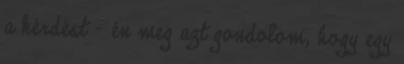
a kérdést - én meg azt gondolom, hogy egy